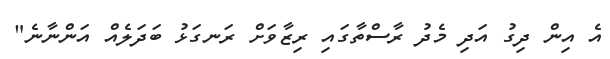
އެ އިން ދިގު އަދި މެދު ރާސްތާގައި ރިޒާވަށް ރަނގަޅު ބަދަލެއް އަންނާނެ"